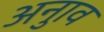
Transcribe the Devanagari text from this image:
अनुाव